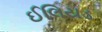
ઈલિયડ